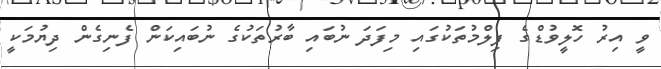
ވީ އިރު ހޮލީވުޑްގެ ފިލްމުތަކުގައި މިފަދަ ނުބައި ބާރުތަކުގެ ނުބައިކަން ފެނިގެން ދިޔުމަކީ